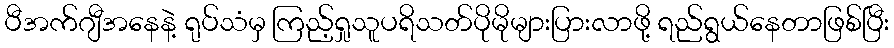
ပီအက်ဂျီအနေနဲ့ ရုပ်သံမှ ကြည့်ရှုသူပရိသတ်ပိုမိုများပြားလာဖို့ ရည်ရွယ်နေတာဖြစ်ပြီး